65_HS1-834228961_62-HQ-83894_Section_4
Agency: FBI
Page 174
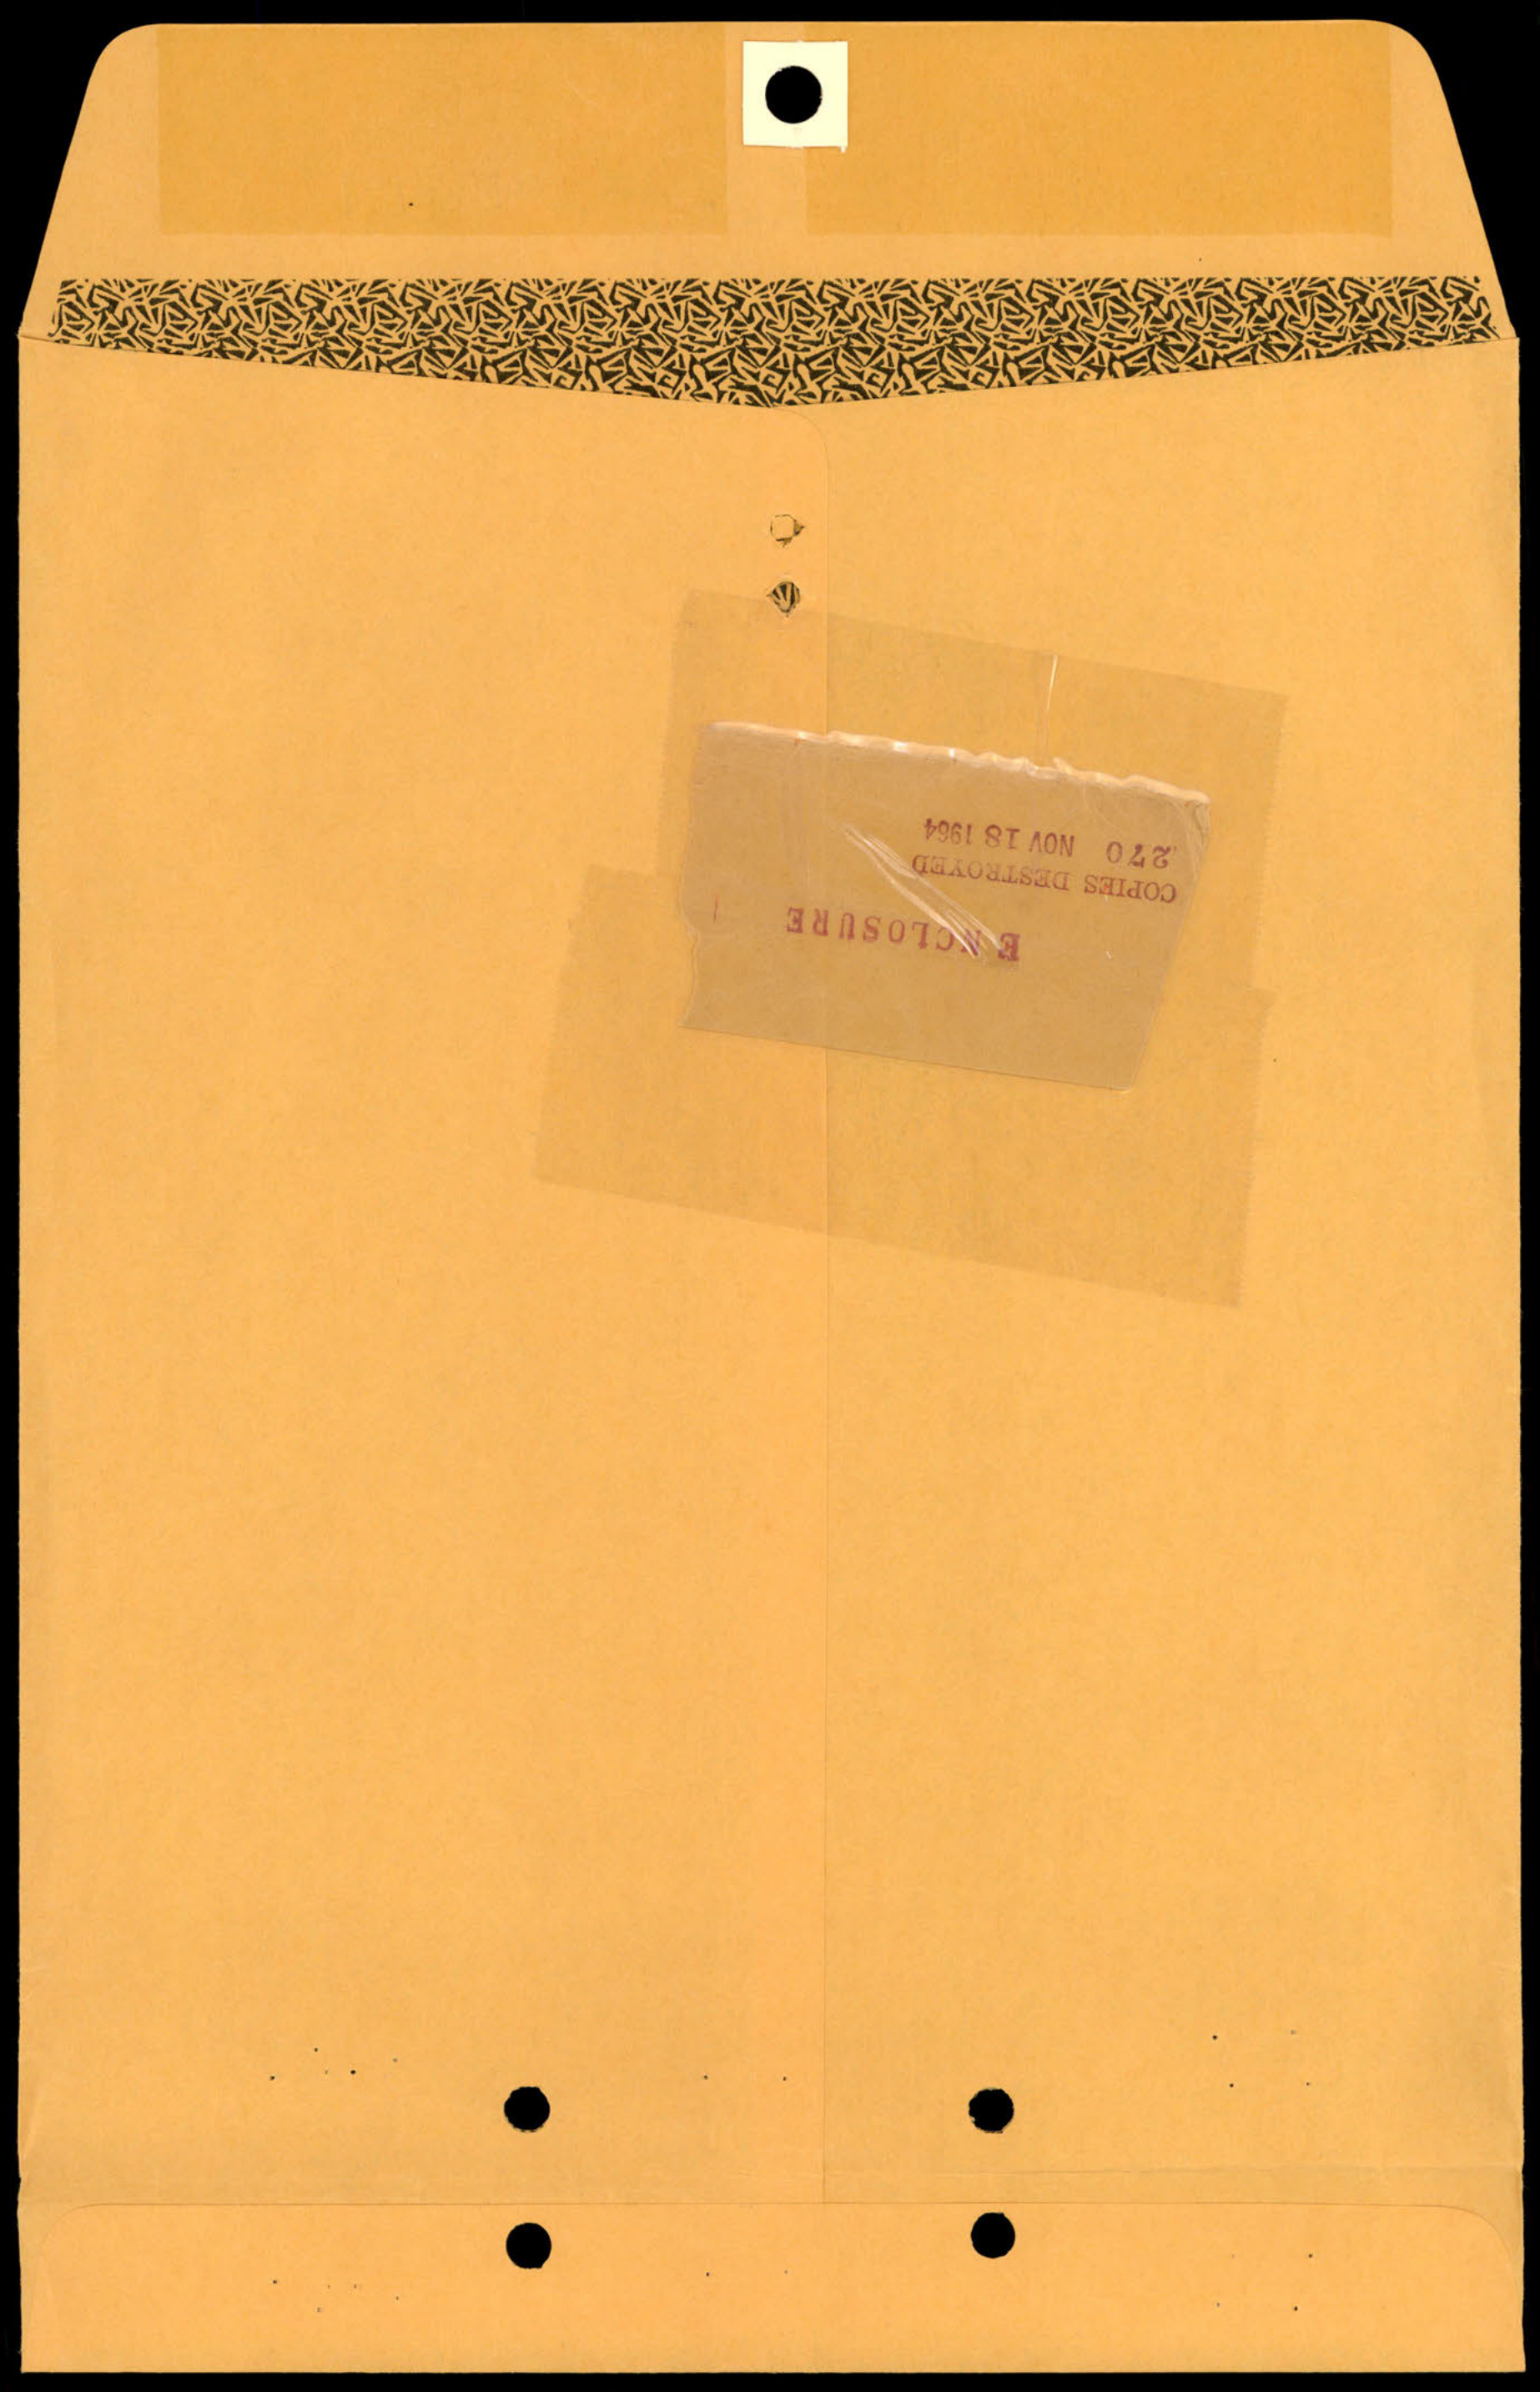